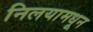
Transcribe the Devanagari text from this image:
निलयामधून